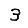
Digit: 3